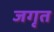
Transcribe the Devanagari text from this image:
जगृत